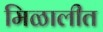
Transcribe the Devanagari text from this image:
मिळालीत